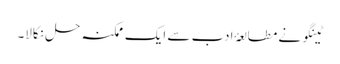
ٹینگو نے مطالعۂ ادب سے ایک ممکنہ حل نکالا۔